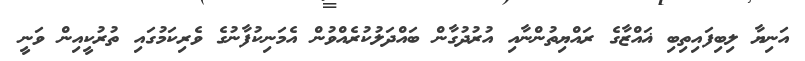
އަނިޔާ ލިބިފައިތިބި ޣައްޒާގެ ރައްޔިތުންނާއި އުރުދުގާން ބައްދަލުކުރެއްވުން އެމަނިކުފާނުގެ ވެރިކަމުގައި ތުރުކީއިން ވަނީ